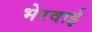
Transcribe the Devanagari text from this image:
भेरवाई